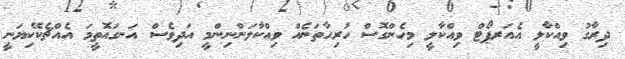
ދިރާގު ވިއްކާލީ އެއަރޕޯޓް ވިއްކާލީ މިހެންގޮސް ހުރިހާތަނެއް ވިއްކާލަންނިންމީ އަދިވެސް އަނގައޮތީމަ އެއްޗެކޭކިޔަނީ